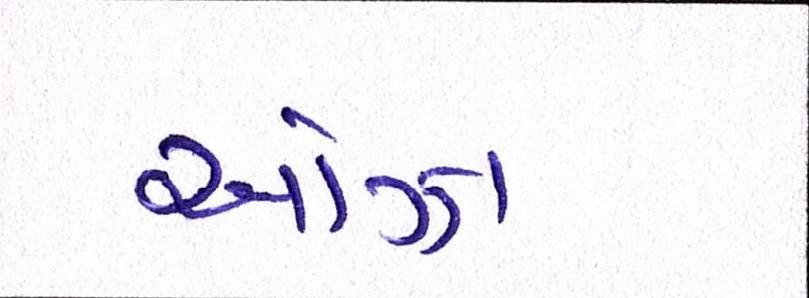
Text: ઓઝા